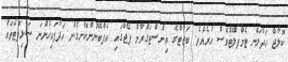
ކޮލާޖް ހަދާލަން ޓެމްޕްލޭޓްވެސް ހުރެއެވެ. ބަޒާޓްގެ އިންސްޓަގްރާމް ޕޭޖްގައި އެޕްބޭނުންކޮށްގެން ހަދާފައިހުންނަ ސަޅިފޮޓޯތައް